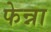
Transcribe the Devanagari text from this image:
फेन्ना